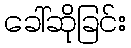
ခေါ်ဆိုခြင်း